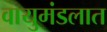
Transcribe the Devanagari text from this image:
वायुमंडलात